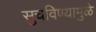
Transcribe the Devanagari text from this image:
सुचविण्यामुळे